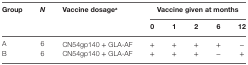
<table><thead><tr><td rowspan="2"><b>Group</b></td><td rowspan="2"><b><i>N</i></b></td><td rowspan="2"><b>Vaccine dosage<sup>a</sup></b></td><td colspan="5"><b>Vaccine given at months</b></td></tr><tr><td><b>0</b></td><td><b>1</b></td><td><b>2</b></td><td><b>6</b></td><td><b>12</b></td></tr></thead><tbody><tr><td>A</td><td>6</td><td>CN54gp140 + GLA-AF</td><td>+</td><td>+</td><td>+</td><td>+</td><td>−</td></tr><tr><td>B</td><td>6</td><td>CN54gp140 + GLA-AF</td><td>+</td><td>+</td><td>+</td><td>−</td><td>+</td></tr></tbody></table>